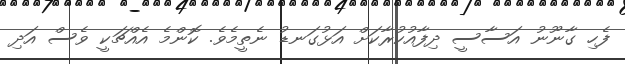
ފެހި ގާނޫނު އަސާސީ ދިފާއުކުރާކަށް އަޅުގަނޑު ނެތީމެވެ. ކޮންމެ އެއްޗަކީ ވެސް އަދި